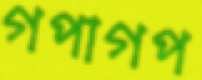
গপাগপ